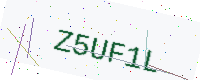
Text: Z5UF1L